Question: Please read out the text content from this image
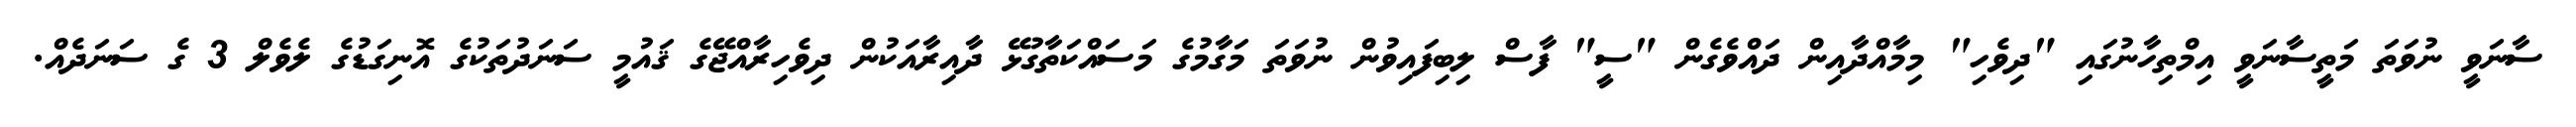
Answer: ސާނަވީ ނުވަތަ މަތީސާނަވީ އިމްތިހާނުގައި "ދިވެހި" މިމާއްދާއިން ދައްވެގެން "ސީ" ފާސް ލިބިފައިވުން ނުވަތަ މަގާމުގެ މަސައްކަތާގުޅޭ ދާއިރާއަކުން ދިވެހިރާއްޖޭގެ ޤައުމީ ސަނަދުތަކުގެ އޮނިގަޑުގެ ލެވެލް 3 ގެ ސަނަދެއް.